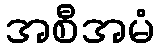
အစီအမံ